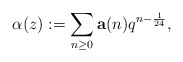
\begin{align*} \alpha(z) := \sum_{n \geq 0} {\bf a}(n) q^{n - \frac{1}{24}}, \end{align*}